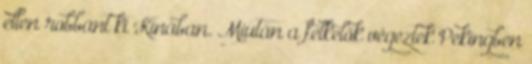
ellen robbant ki Kínában. Miután a felkelők végeztek Pekingben